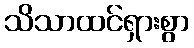
သိသာထင်ရှားစွာ